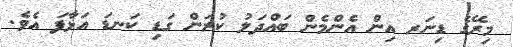
މިރޭގެ ޑިނަރ އިން އެންމެން ބައްދަލު ކުރަން ގަޑި ކަނޑަ އަޅާފަ އެވެ.